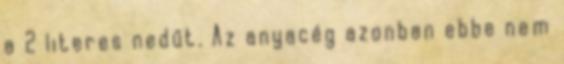
a 2 literes nedűt. Az anyacég azonban ebbe nem